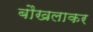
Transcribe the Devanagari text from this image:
बौखलाकर